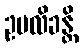
ဥပလိခန္တိ